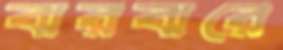
ঝরঝরে